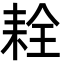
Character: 𦓰